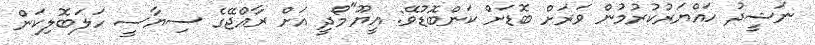
ނަޝީދު ހައްޔަރުކުރުމުން ވަރަށް ބޮޑަށް ކަންބޮޑުވޭ: އީޔޫ"މޯދީ އަށް ރާއްޖޭގެ ސިޔާސީ ހަލަބޮލިކަން